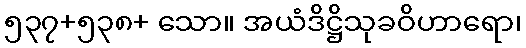
၅၃၇+၅၃၈+ သော။ အယံဒိဋ္ဌိသုခဝိဟာရော၊